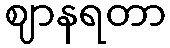
ဈာနရတာ